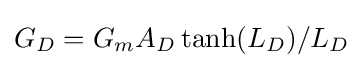
\,\!G_{D}=G_{m}A_{D}\tanh(L_{D})/L_{D}